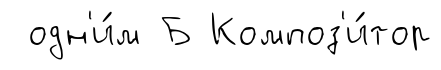
одн'и́м Б Композ'и́тор